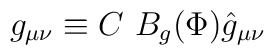
g_{\mu\nu} \equiv C\ B_g (\Phi) \hat g_{\mu\nu}